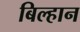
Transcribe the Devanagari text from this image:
बिल्हान